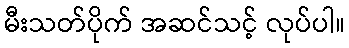
မီးသတ်ပိုက် အဆင်သင့် လုပ်ပါ။